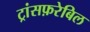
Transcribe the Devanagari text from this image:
ट्रांसफ़रेबिल